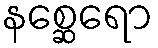
နစ္ဆေရော